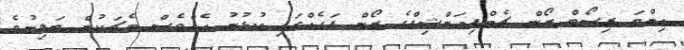
އިންޓަ ރިސޯޓް ޒޯން ޗެމްޕިއަންޝިޕްގެ ޒޯން ފަހެއްގައި ކުޅުނު އެއްވެސް މެޗަކުން ބަލިނުވެ